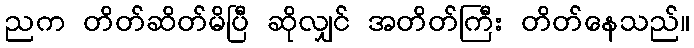
ညက တိတ်ဆိတ်မိပြီ ဆိုလျှင် အတိတ်ကြီး တိတ်နေသည်။